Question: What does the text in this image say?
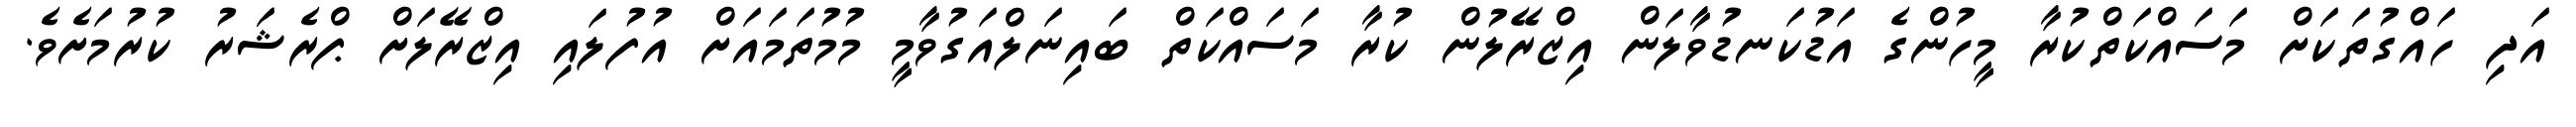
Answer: އަދި ހައްގުތަކަށް މަސައްކަތްކުރާ މީހުންގެ އަޑުކަނޑުވާލަން އިޒްރޭލުން ކުރާ މަސައްކަތް ބައިނަލްއަގުވާމީ މުމުތަމައަށް އުފުލައި އިޒްރޭލަށް ޕްރެޝަރު ކުރުމަށެވެ.